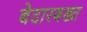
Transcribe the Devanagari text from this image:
बेदारबख्त